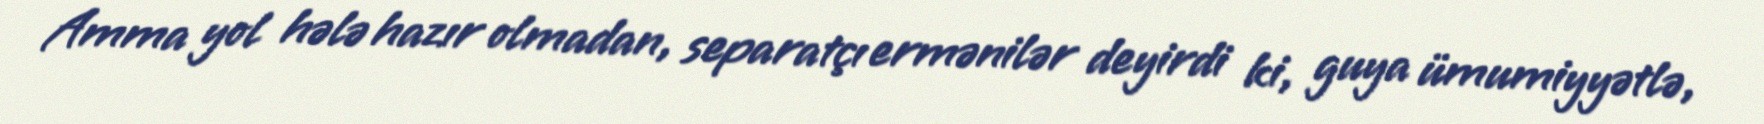
Amma yol hələ hazır olmadan, separatçı ermənilər deyirdi ki, guya ümumiyyətlə,